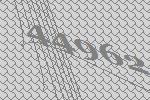
44962